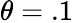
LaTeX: \theta=.1